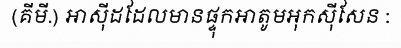
(គីមី.) អាស៊ីដដែលមានផ្ទុកអាតូមអុកស៊ីសែន :